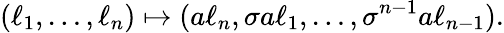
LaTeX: (\ell_{1},\ldots,\ell_{n})\mapsto(a\ell_{n},\sigma a\ell_{1},\ldots,\sigma^{n-1}a\ell_{n-1}).